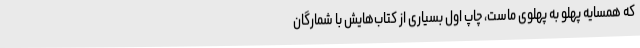
که همسایه پهلو به پهلوی ماست، چاپ اول بسیاری از کتاب‌هایش با شمارگان